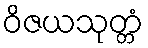
ဝိဇယသုတ္တံ